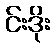
င်းဒိုး